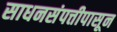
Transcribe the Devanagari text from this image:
साधनसंपत्तीपासून